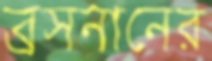
ব্রসনানের